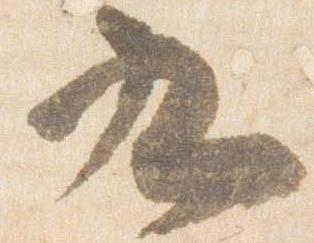
九